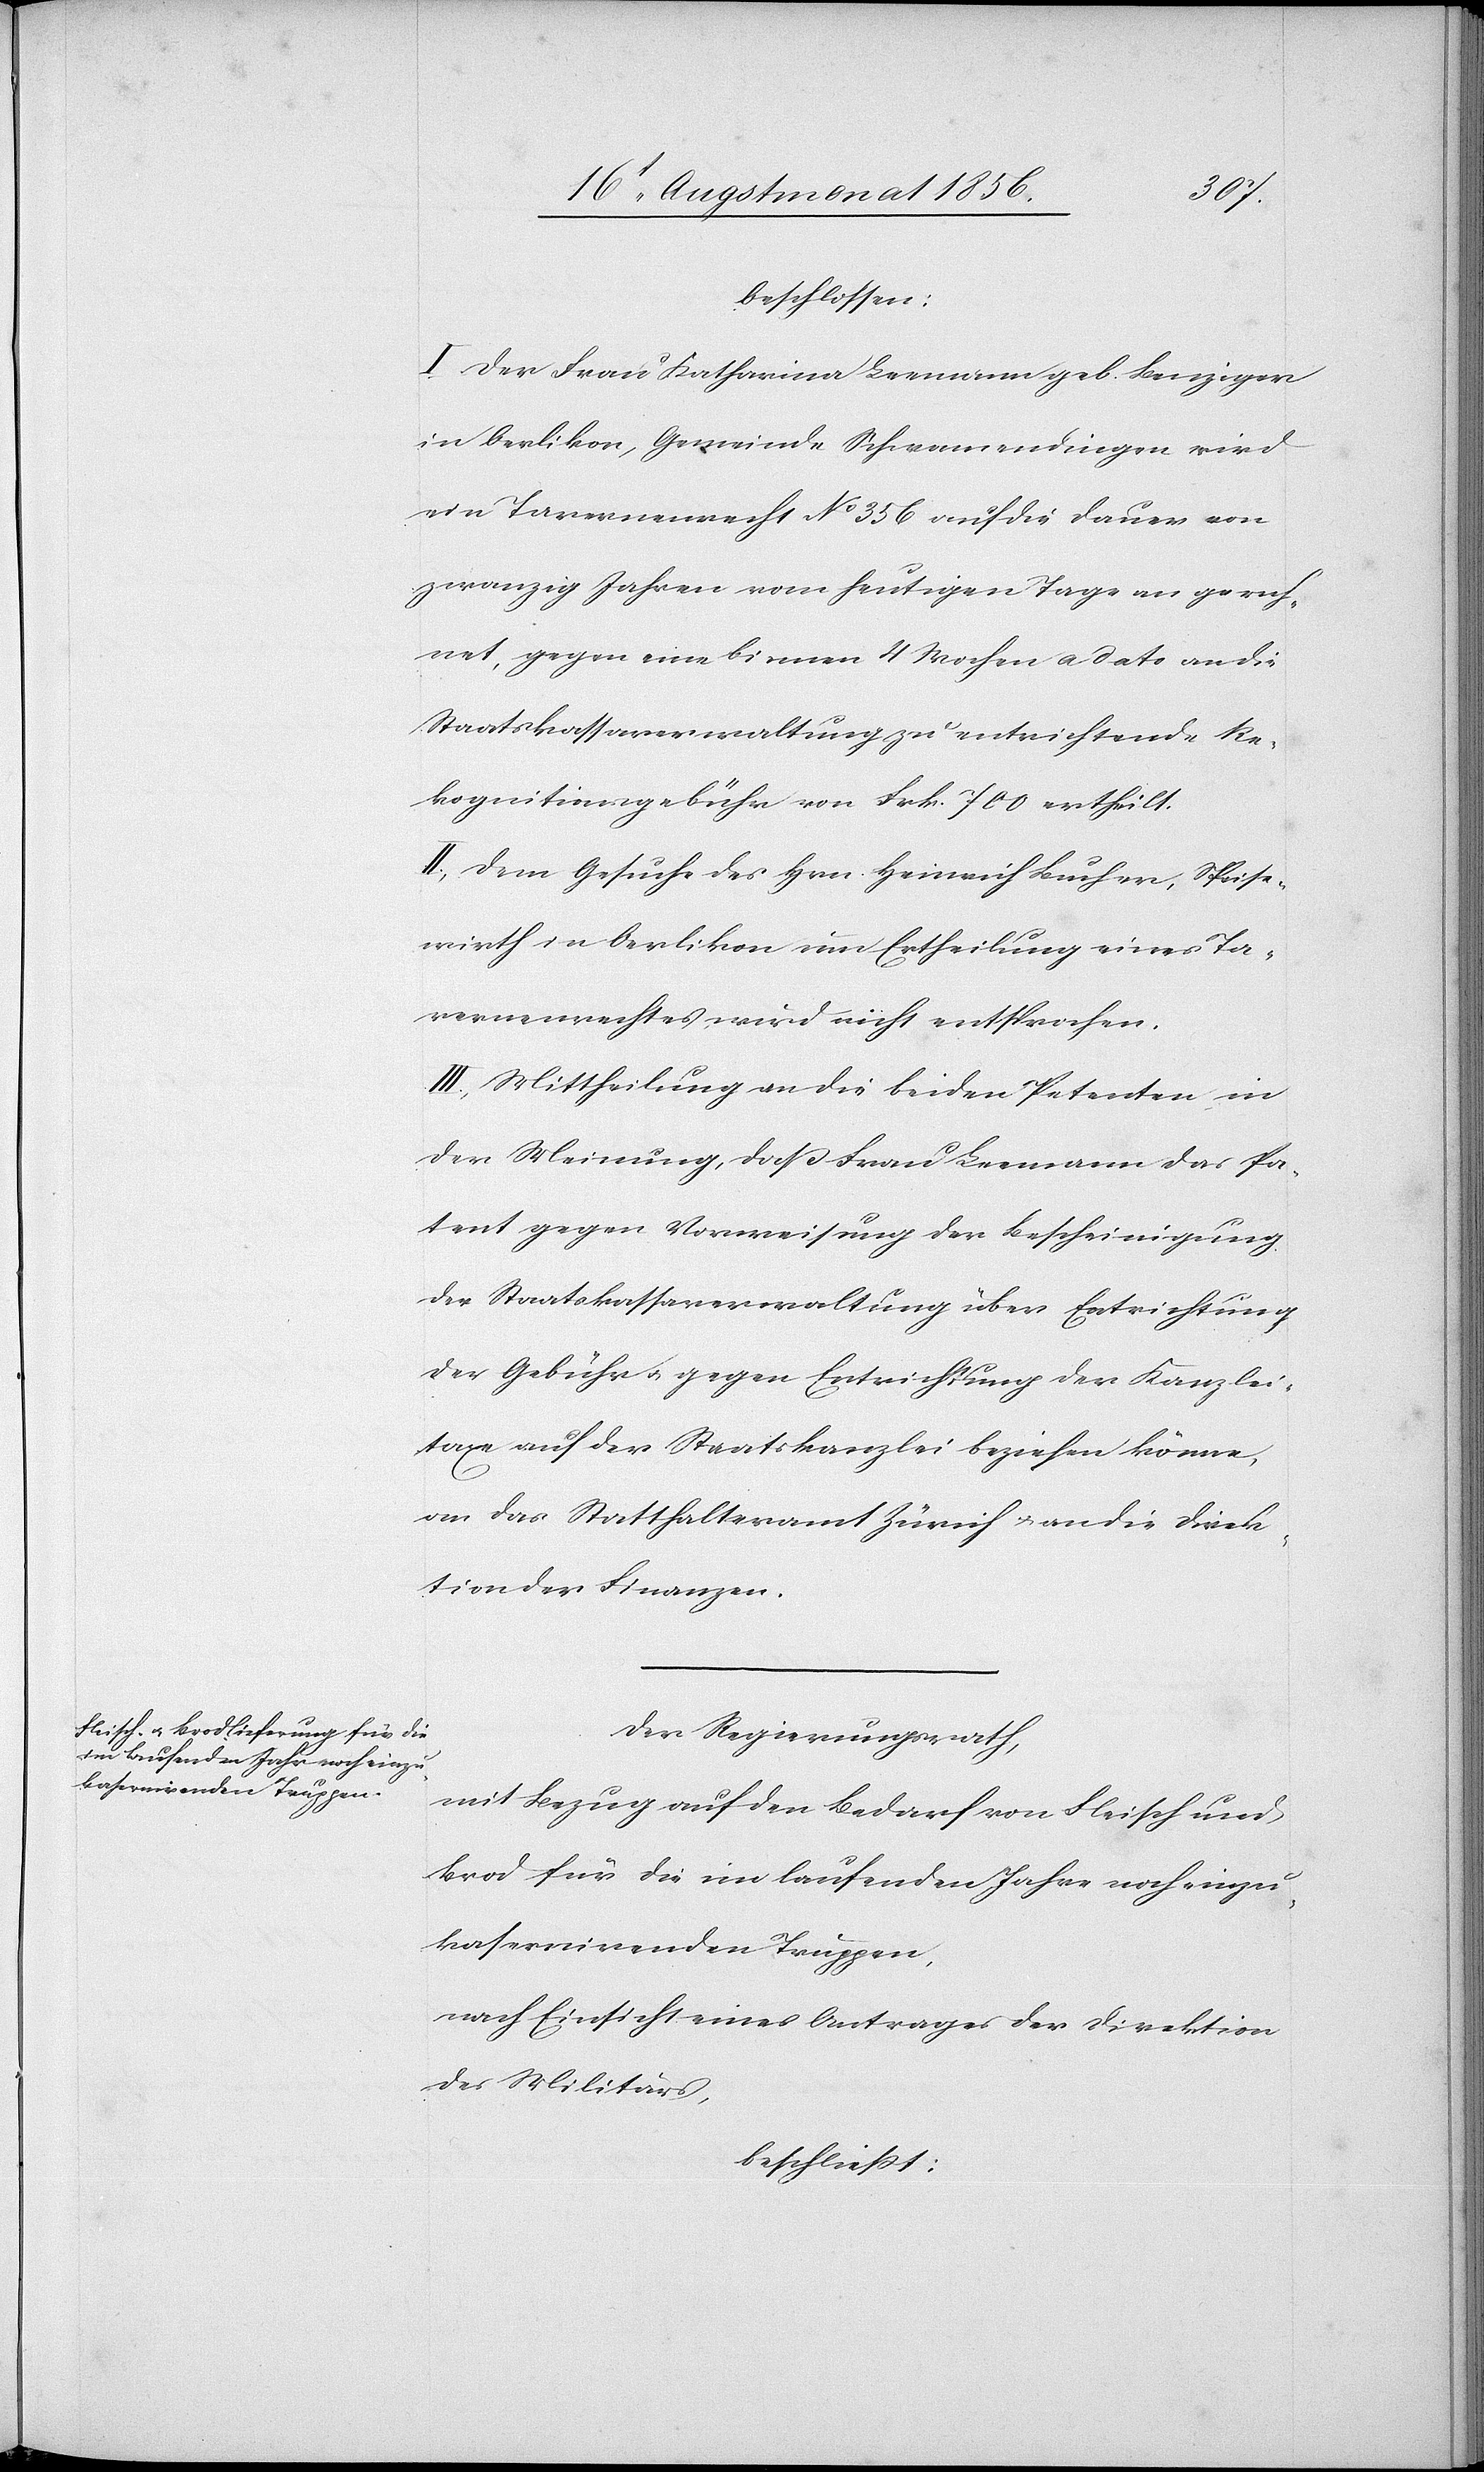
beschlossen:
I.) Der Frau Katharina Leemann geb. Benziger
in Oerlikon, Gemeinde Schwamendingen wird
ein Tavernenrecht No 356 auf die Dauer von
zwanzig Jahren vom heutigen Tage an gerech¬
net, gegen eine binnen 4 Wochen a dato an die
Staatskassaverwaltung zu entrichtende Re¬
kognitionsgebühr von Frk. 700 ertheilt.
II.) Dem Gesuche des Hrn. Heinrich Bucher, Speise¬
wirth in Oerlikon um Ertheilung eines Ta¬
vernenrechtes wird nicht entsprochen.
III.) Mittheilung an die beiden Petenten, in
der Meinung, dass Frau Leemann das Pa¬
tent gegen Vorweisung der Bescheinigung
der Staatskassaverwaltung über Entrichtung
der Gebühr u. gegen Entrichtung der Kanzlei¬
taxe auf der Staatskanzlei beziehen könne,
an das Statthalteramt Zürich u. an die Direk¬
tion der Finanzen.
Der Regierungsrath,
mit Bezug auf den Bedarf an Fleisch und
Brod für die im laufenden Jahre noch einzu¬
kasernirenden Truppen,
nach Einsicht eines Antrages der Direktion
des Militärs,
beschliesst: